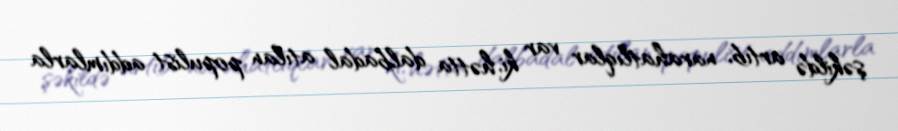
şəkildə artıb, narahatlıqlar var ki, hətta dalbadal atılan populist addımlarla